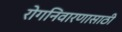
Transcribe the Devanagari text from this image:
रोगनिवारणासाठी